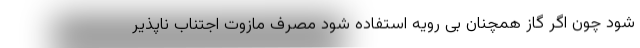
شود چون اگر گاز همچنان بی رویه استفاده شود مصرف مازوت اجتناب ناپذیر